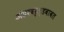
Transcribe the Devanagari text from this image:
अंडरवर्ल्डबाबत